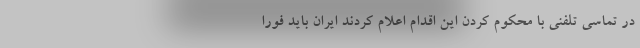
در تماسی تلفنی با محکوم کردن این اقدام اعلام کردند ایران باید فوراً